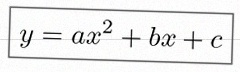
y=ax^2+bx+c